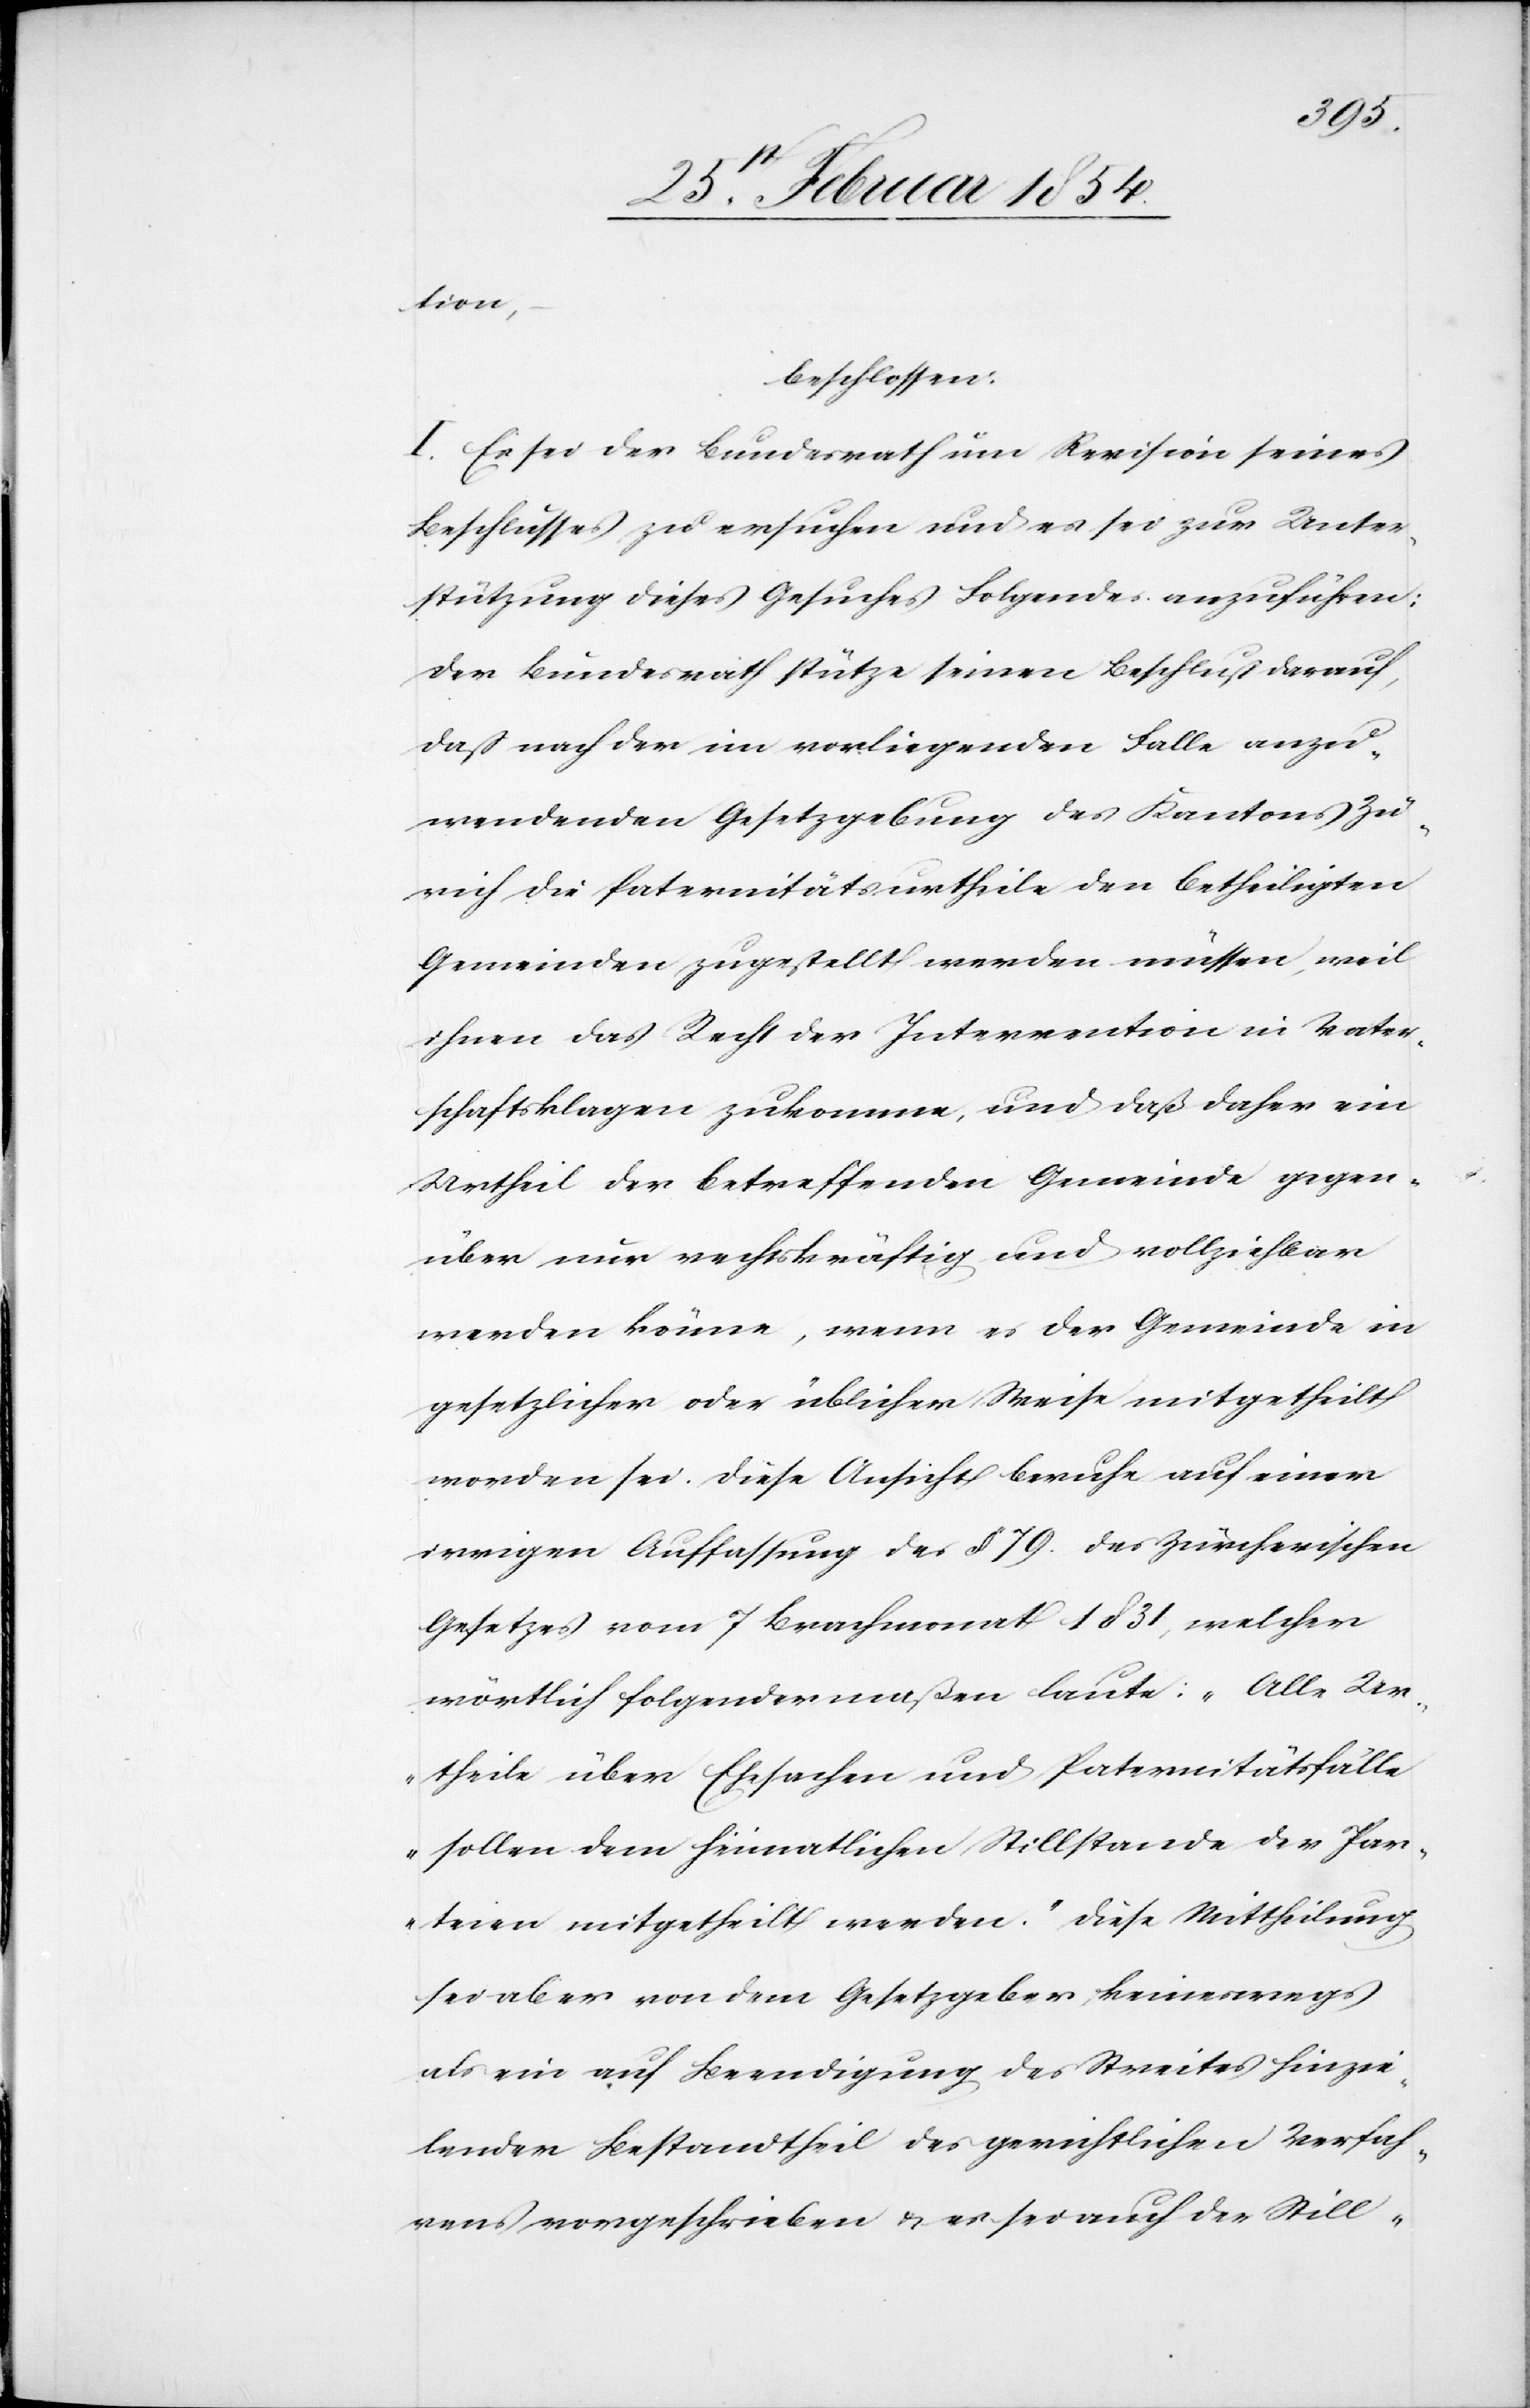
tion,
beschlossen:
I. Es sei der Bundesrath um Revision seines
Beschlusses zu ersuchen und es sei zur Unter¬
stützung dieses Gesuches Folgendes anzuführen:
Der Bundesrath stütze seinen Beschluß darauf,
daß nach der im vorliegenden Falle anzu¬
wendenden Gesetzgebung des Kantons Zü¬
rich die Paternitätsurtheile den betheiligten
Gemeinden zugestellt werden müssen, weil
ihnen das Recht der Intervention in Vater¬
schaftsklagen zukomme, und daß daher ein
Urtheil der betreffenden Gemeinde gegen¬
über nur rechtskräftig und vollziehbar
werden könne, wenn es der Gemeinde in
gesetzlicher oder üblicher Weise mitgetheilt
worden sei. Diese Ansicht beruhe auf einer
irrigen Auffassung des § 79. des Zürcherischen
Gesetzes vom 7 Brachmonat 1831, welcher
wörtlich folgendermaßen laute: „Alle Ur¬
theile über Ehesachen und Paternitätsfälle
sollen dem heimatlichen Stillstande der Par¬
teien mitgetheilt werden.“ Diese Mittheilung
sei aber von dem Gesetzgeber keineswegs
als ein auf Beendigung des Streites hinzie¬
lender Bestandtheil des gerichtlichen Verfah¬
rens vorgeschrieben u. es sei auch der Still-